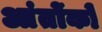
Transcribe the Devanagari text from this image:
आंतोंको